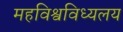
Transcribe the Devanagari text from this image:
महविश्वविध्यलय